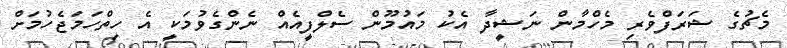
މެޗުގެ ޝަރަފްވެރި މެހްމާން ނަޝީދާ އެކު މައުމޫން ސެލްފީއެއް ނެންގެވުމަކީ އެ ހިތްހަމަޖެހުމަށް